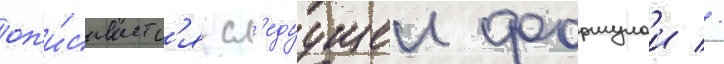
оп'и́сываетс'я сл'едуущеи формулои //